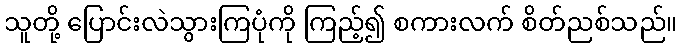
သူတို့ ပြောင်းလဲသွားကြပုံကို ကြည့်၍ စကားလက် စိတ်ညစ်သည်။